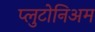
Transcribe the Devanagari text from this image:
प्लुटोनिअम